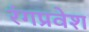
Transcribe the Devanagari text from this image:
रंगप्रवेश